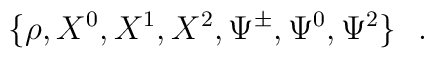
\{\rho, X^0, X^1, X^2, \Psi^{\pm}, \Psi^0, \Psi^2\}~~.